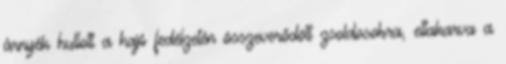
árnyék hullott a hajó fedélzetén összeverődött zsoldosokra, eltakarva a